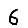
Digit: 6